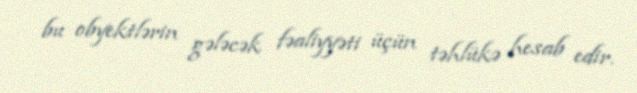
bu obyektlərin gələcək fəaliyyəti üçün təhlükə hesab edir.